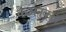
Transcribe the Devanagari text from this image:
केअनुकूल